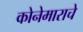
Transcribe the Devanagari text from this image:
कोनेमाराचे